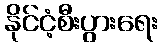
နိုင်ငံ့စီးပွားရေး